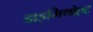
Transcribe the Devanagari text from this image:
डाइमिथोएट